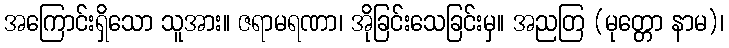
အကြောင်းရှိသော သူအား။ ဇရာမရဏာ၊ အိုခြင်းသေခြင်းမှ။ အညတြ (မုတ္တော နာမ)၊